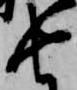
由